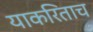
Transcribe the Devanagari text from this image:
याकरिताच